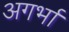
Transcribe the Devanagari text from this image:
अगर्भा